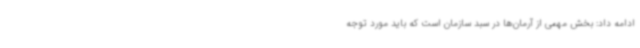
ادامه داد: بخش مهمی از آرمان‌ها در سبد سازمان است که باید مورد توجه